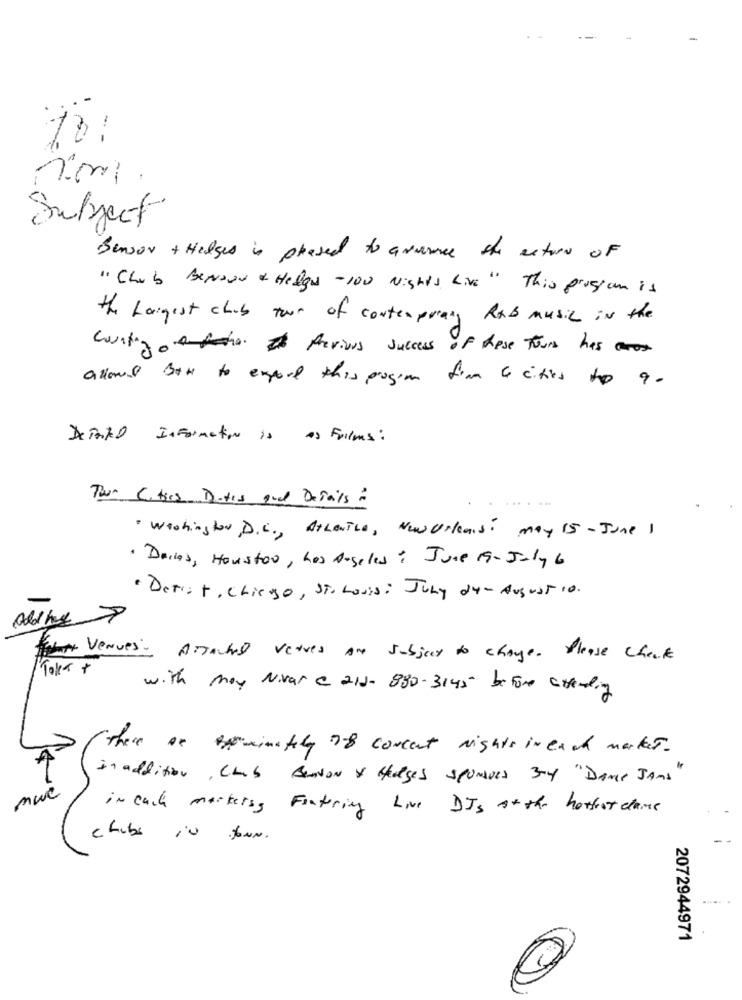
10:
nom
Subject
Benson + Helges is pleased to avance the extre of
" Chub Benson & Helga -100 Nights Live" This program is
the Largest club tour of contemporary RXB music in the
Contigo . It previous success of Rese tours has
allowed Both to export this program from a cities to 9-
Departed Information is as Films :
Tour Cities Dates and Details :
. Washington D.C ., AtLouise, New Orleans: may 15 -June 1
. Dries, Houston, Los Angeles: June 19- July 6
· Detrat, chicago, ST. Louis: July du- August 10.
Addhe >
formy Venues ATTAches verres Are subject to change. Please Checke
Toka +
with may Nivar a aid- 880-3145 before attending
here ar minately 78 concent nights in each market.
In addition, Chab Bandon y Hedges sponsors 3-4 "DANCE JAns"
mwe
in each marketing Fostering Live DJs At the hottest clame
chibi in JouN.
2072944971